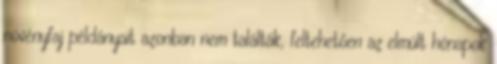
növényfaj példányait azonban nem találták, feltehetően az elmúlt hónapok